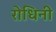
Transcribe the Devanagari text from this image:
रोधिनी